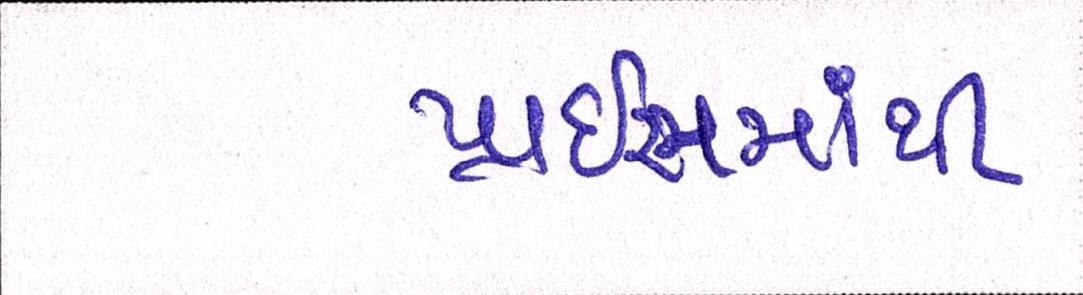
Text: પ્રાઇસમાંથી